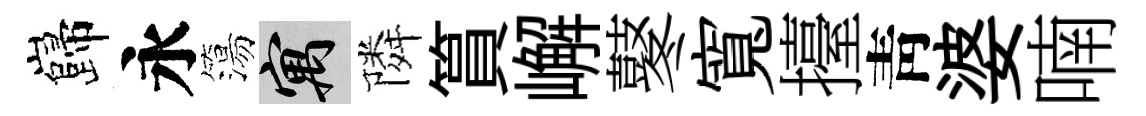
巋永簜寓隣篔嶰鼕寬擡靑婆喃